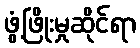
ဖွံ့ဖြိုးမှုဆိုင်ရာ